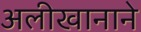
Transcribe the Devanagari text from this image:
अलीखानाने